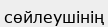
сөйлеушінің